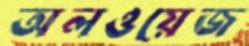
অলওয়েজ